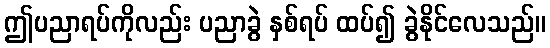
ဤပညာရပ်ကိုလည်း ပညာခွဲ နှစ်ရပ် ထပ်၍ ခွဲနိုင်လေသည်။